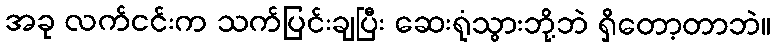
အခု လက်ငင်းက သက်ပြင်းချပြီး ဆေးရုံသွားဘို့ဘဲ ရှိတော့တာဘဲ။